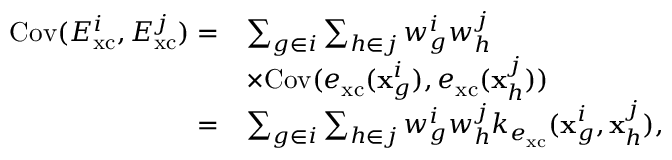
\begin{array} { r l } { \mathrm { C o v } ( E _ { \mathrm { x c } } ^ { i } , E _ { \mathrm { x c } } ^ { j } ) = } & { \sum _ { g \in i } \sum _ { h \in j } w _ { g } ^ { i } w _ { h } ^ { j } } \\ & { \times \mathrm { C o v } ( e _ { \mathrm { x c } } ( \mathbf { x } _ { g } ^ { i } ) , e _ { \mathrm { x c } } ( \mathbf { x } _ { h } ^ { j } ) ) } \\ { = } & { \sum _ { g \in i } \sum _ { h \in j } w _ { g } ^ { i } w _ { h } ^ { j } k _ { e _ { \mathrm { x c } } } ( \mathbf { x } _ { g } ^ { i } , \mathbf { x } _ { h } ^ { j } ) , } \end{array}